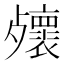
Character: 𣩻